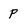
Character: p